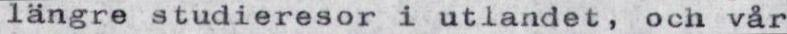
längre studieresor i utlandet, och vår